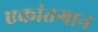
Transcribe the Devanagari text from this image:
एकांतगान